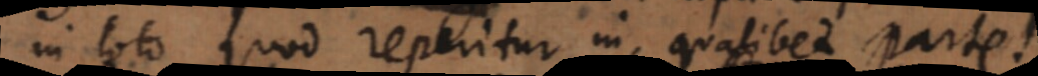
in toto quod reperitur in qualibet parte.